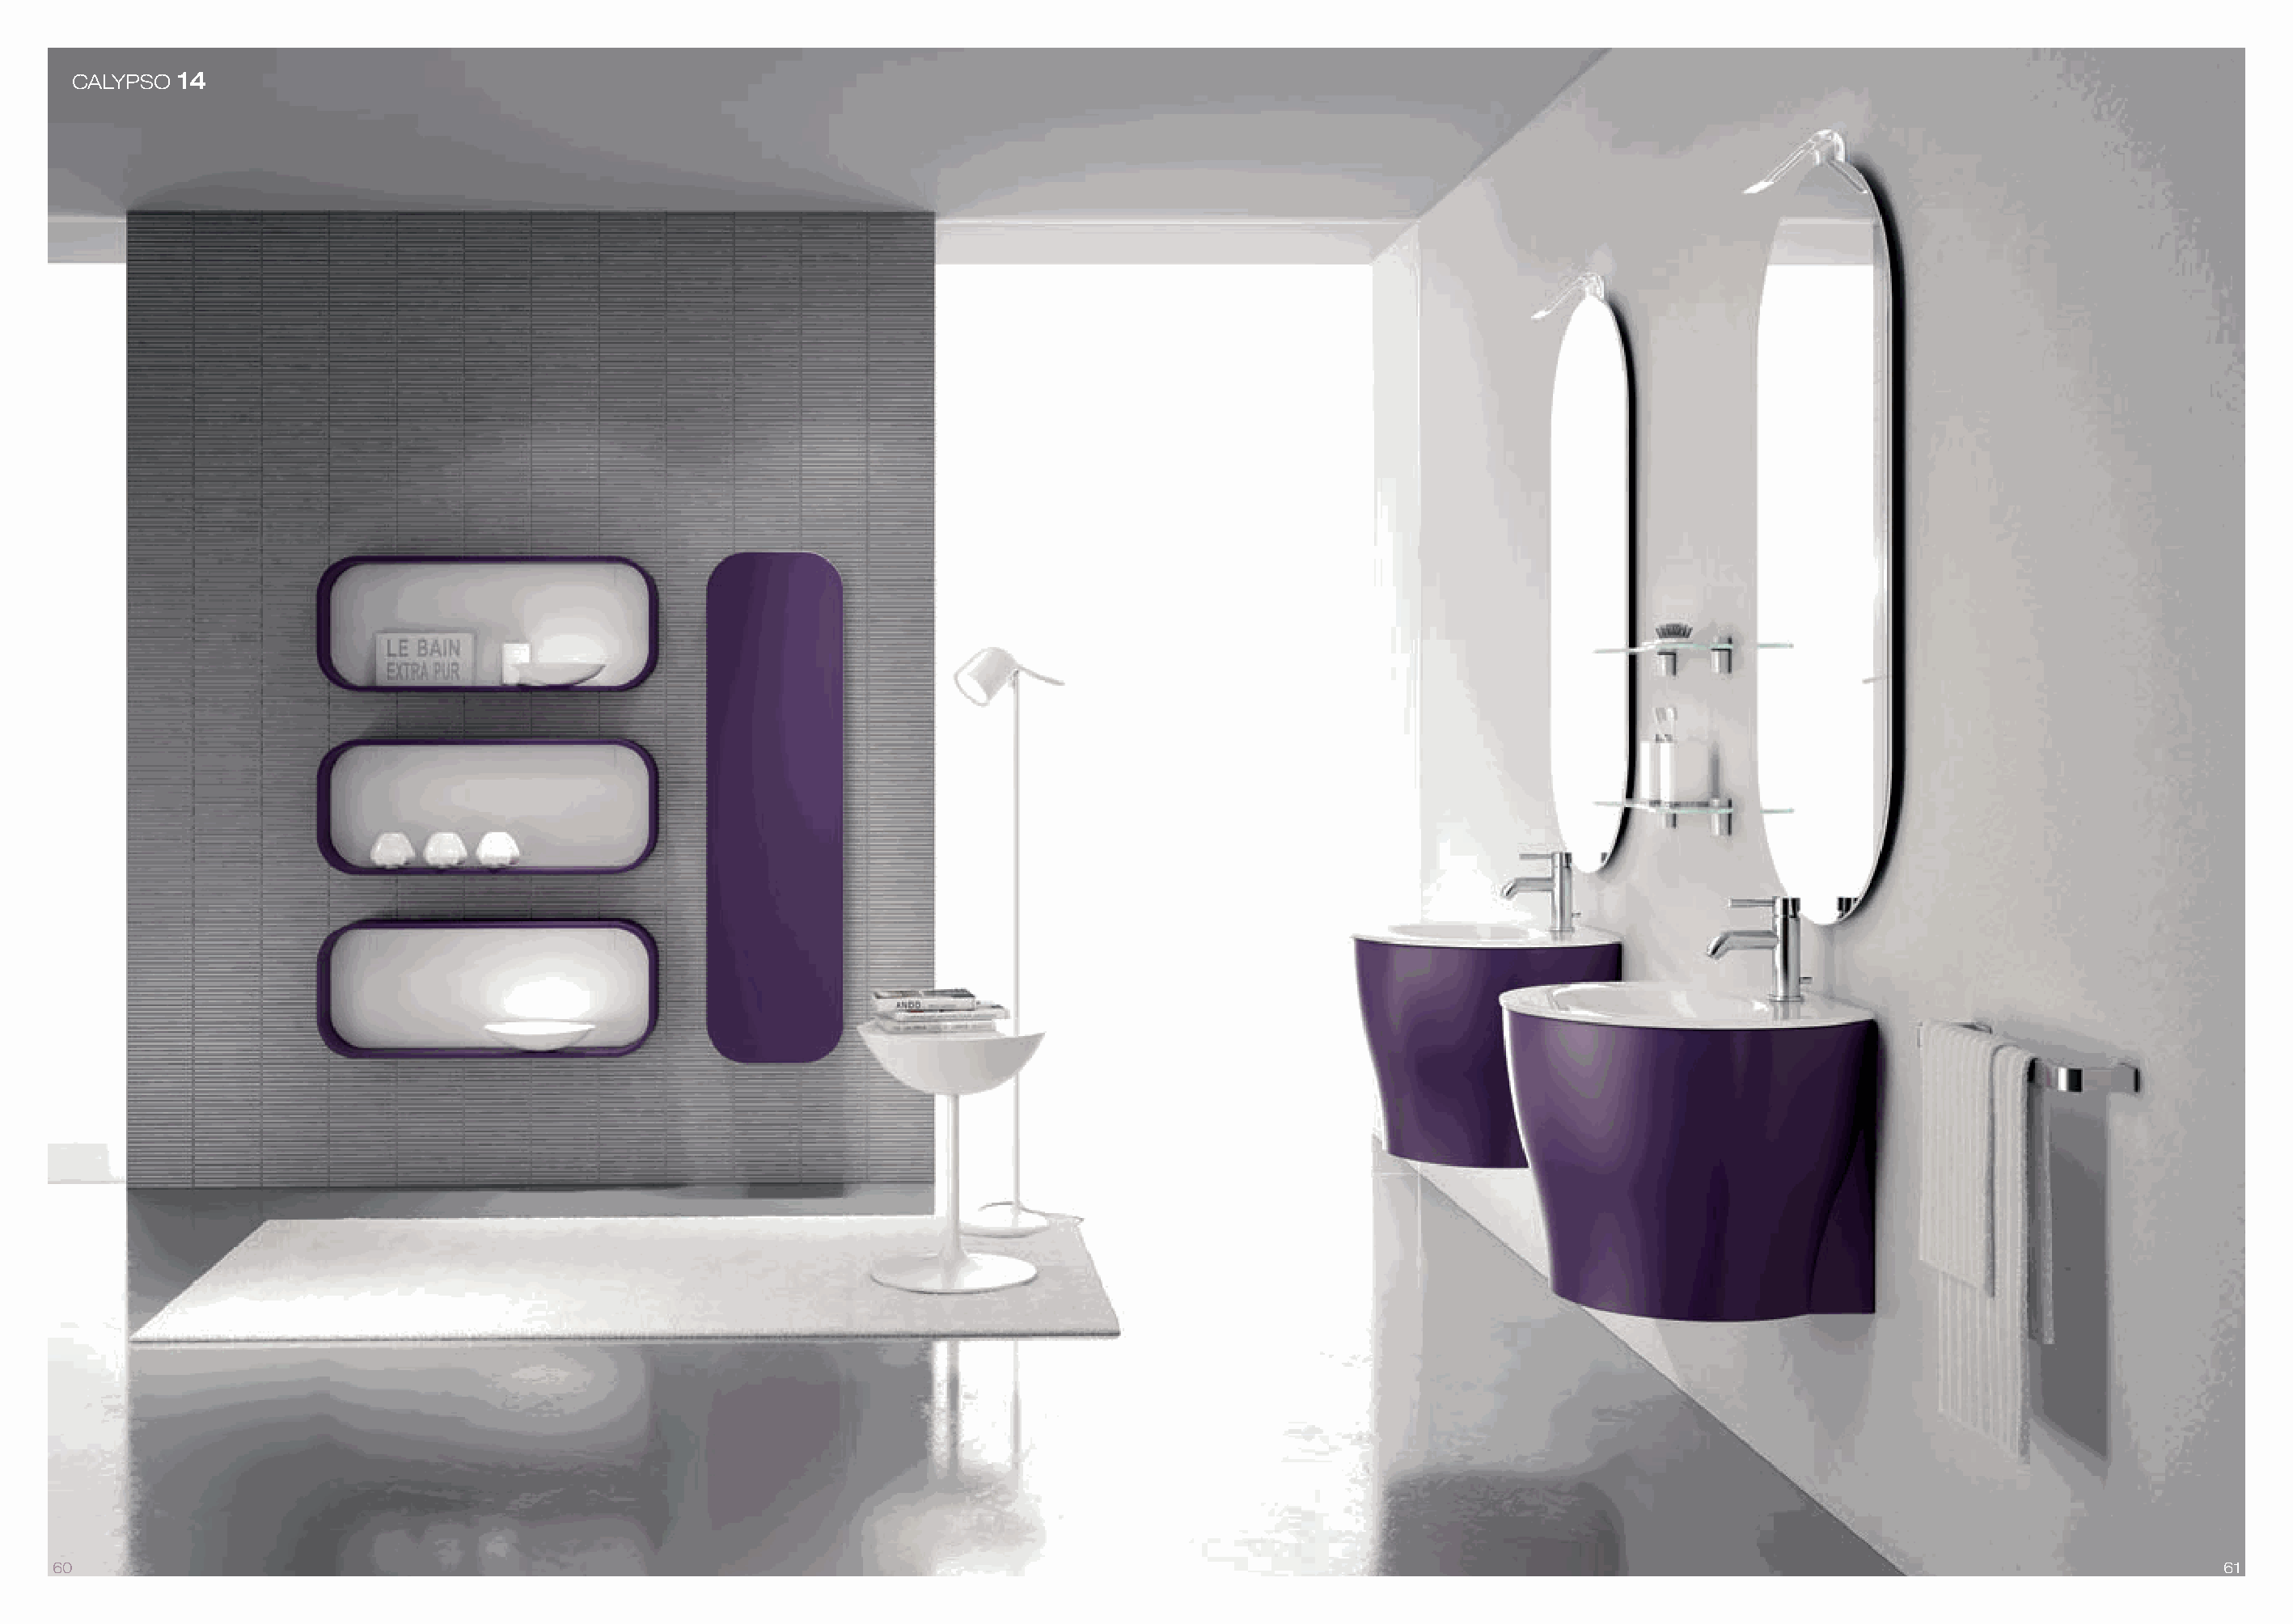
CALYPSO 14
 60                                                                                                                                                                                61